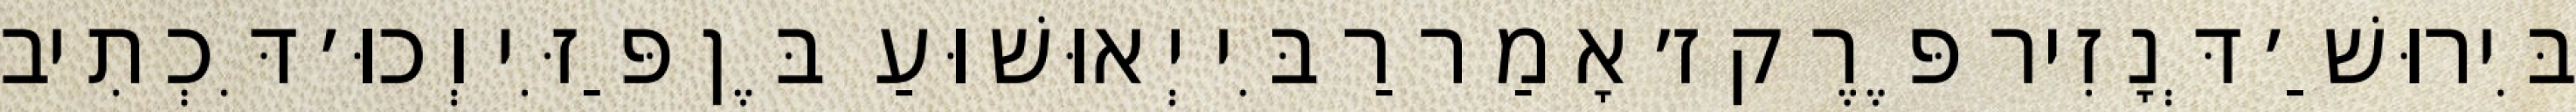
בִּירוּשַׁ׳ דְּנָזִיר פֶּרֶק ז׳ אָמַר רַבִּי יְאוּשׁוּעַ בֶּן פַּזִּי וְכוּ׳ דִּכְתִיב